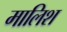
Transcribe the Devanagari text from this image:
मालिश्‍ा